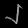
Digit: ၂